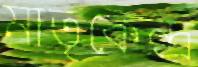
মাতৃকেন্দ্র